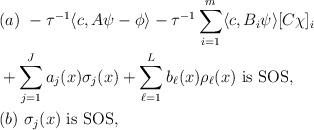
LaTeX: \begin{align*} &(a)\ -\tau^{-1}\langle c, A\psi - \phi\rangle - \tau^{-1}\sum_{i = 1}^m\langle c, B_i\psi\rangle [C\chi]_i \\ &+ \sum_{j = 1}^Ja_j(x)\sigma_j(x) + \sum_{\ell = 1}^L b_\ell(x)\rho_\ell(x)\ \mathrm{is\ SOS},\\ &(b)\ \sigma_j(x)\ \mathrm{is\ SOS}, \end{align*}